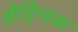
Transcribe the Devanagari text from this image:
सेड्ग्विक